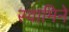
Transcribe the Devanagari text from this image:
स्वामिने